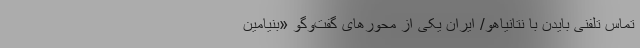
تماس تلفنی بایدن با نتانیاهو/ ایران یکی از محورهای گفت‌وگو «بنیامین